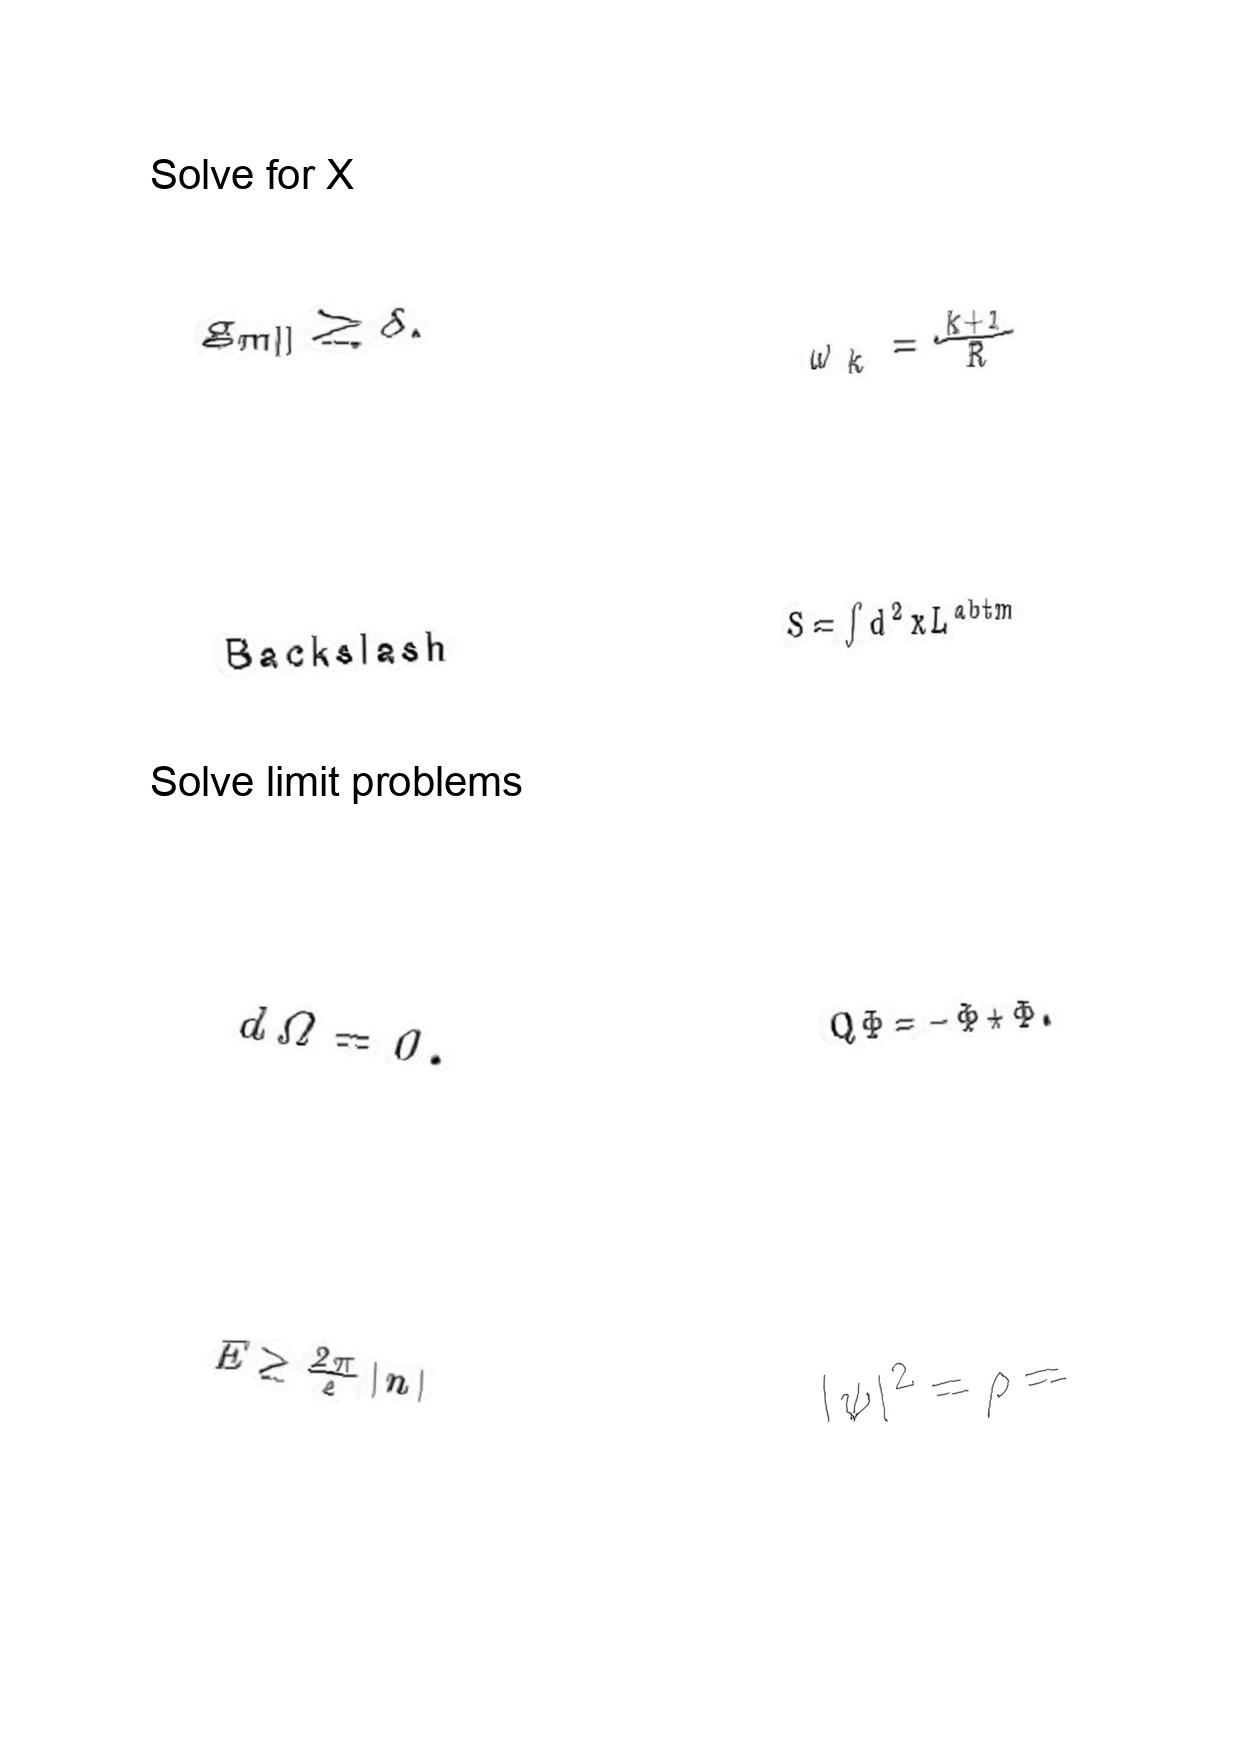
LaTeX transcription:
g _ { m \parallel } \geq \delta .
B a c k s l a s h
d \Omega = 0 .
E \geq \frac { 2 \pi } { e } \vert n \vert
\omega _ { k } = \frac { k + 1 } { R }
S = \int d ^ { 2 } x L ^ { \mathrm { a b t m } }
Q \Phi = - \Phi \star \Phi .
\vert \psi \vert ^ { 2 } = \rho =